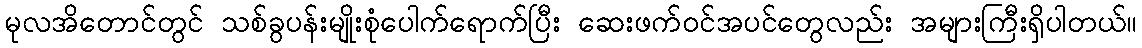
မုလအိတောင်တွင် သစ်ခွပန်းမျိုးစုံပေါက်ရောက်ပြီး ဆေးဖက်ဝင်အပင်တွေလည်း အများကြီးရှိပါတယ်။